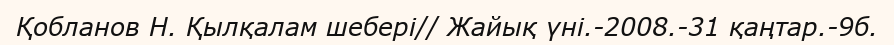
Қобланов Н. Қылқалам шебері// Жайық үні.-2008.-31 қаңтар.-9б.